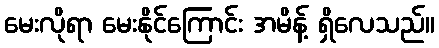
မေးလိုရာ မေးနိုင်ကြောင်း အမိန့် ရှိလေသည်။